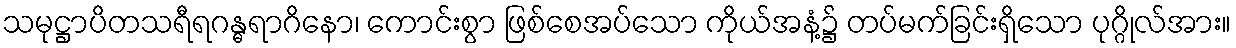
သမုဋ္ဌာပိတသရီရဂန္ဓရာဂိနော၊ ကောင်းစွာ ဖြစ်စေအပ်သော ကိုယ်အနံ့၌ တပ်မက်ခြင်းရှိသော ပုဂ္ဂိုလ်အား။